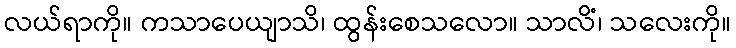
လယ်ရာကို။ ကသာပေယျာသိ၊ ထွန်းစေသလော။ သာလိံ၊ သလေးကို။